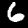
Label: 6